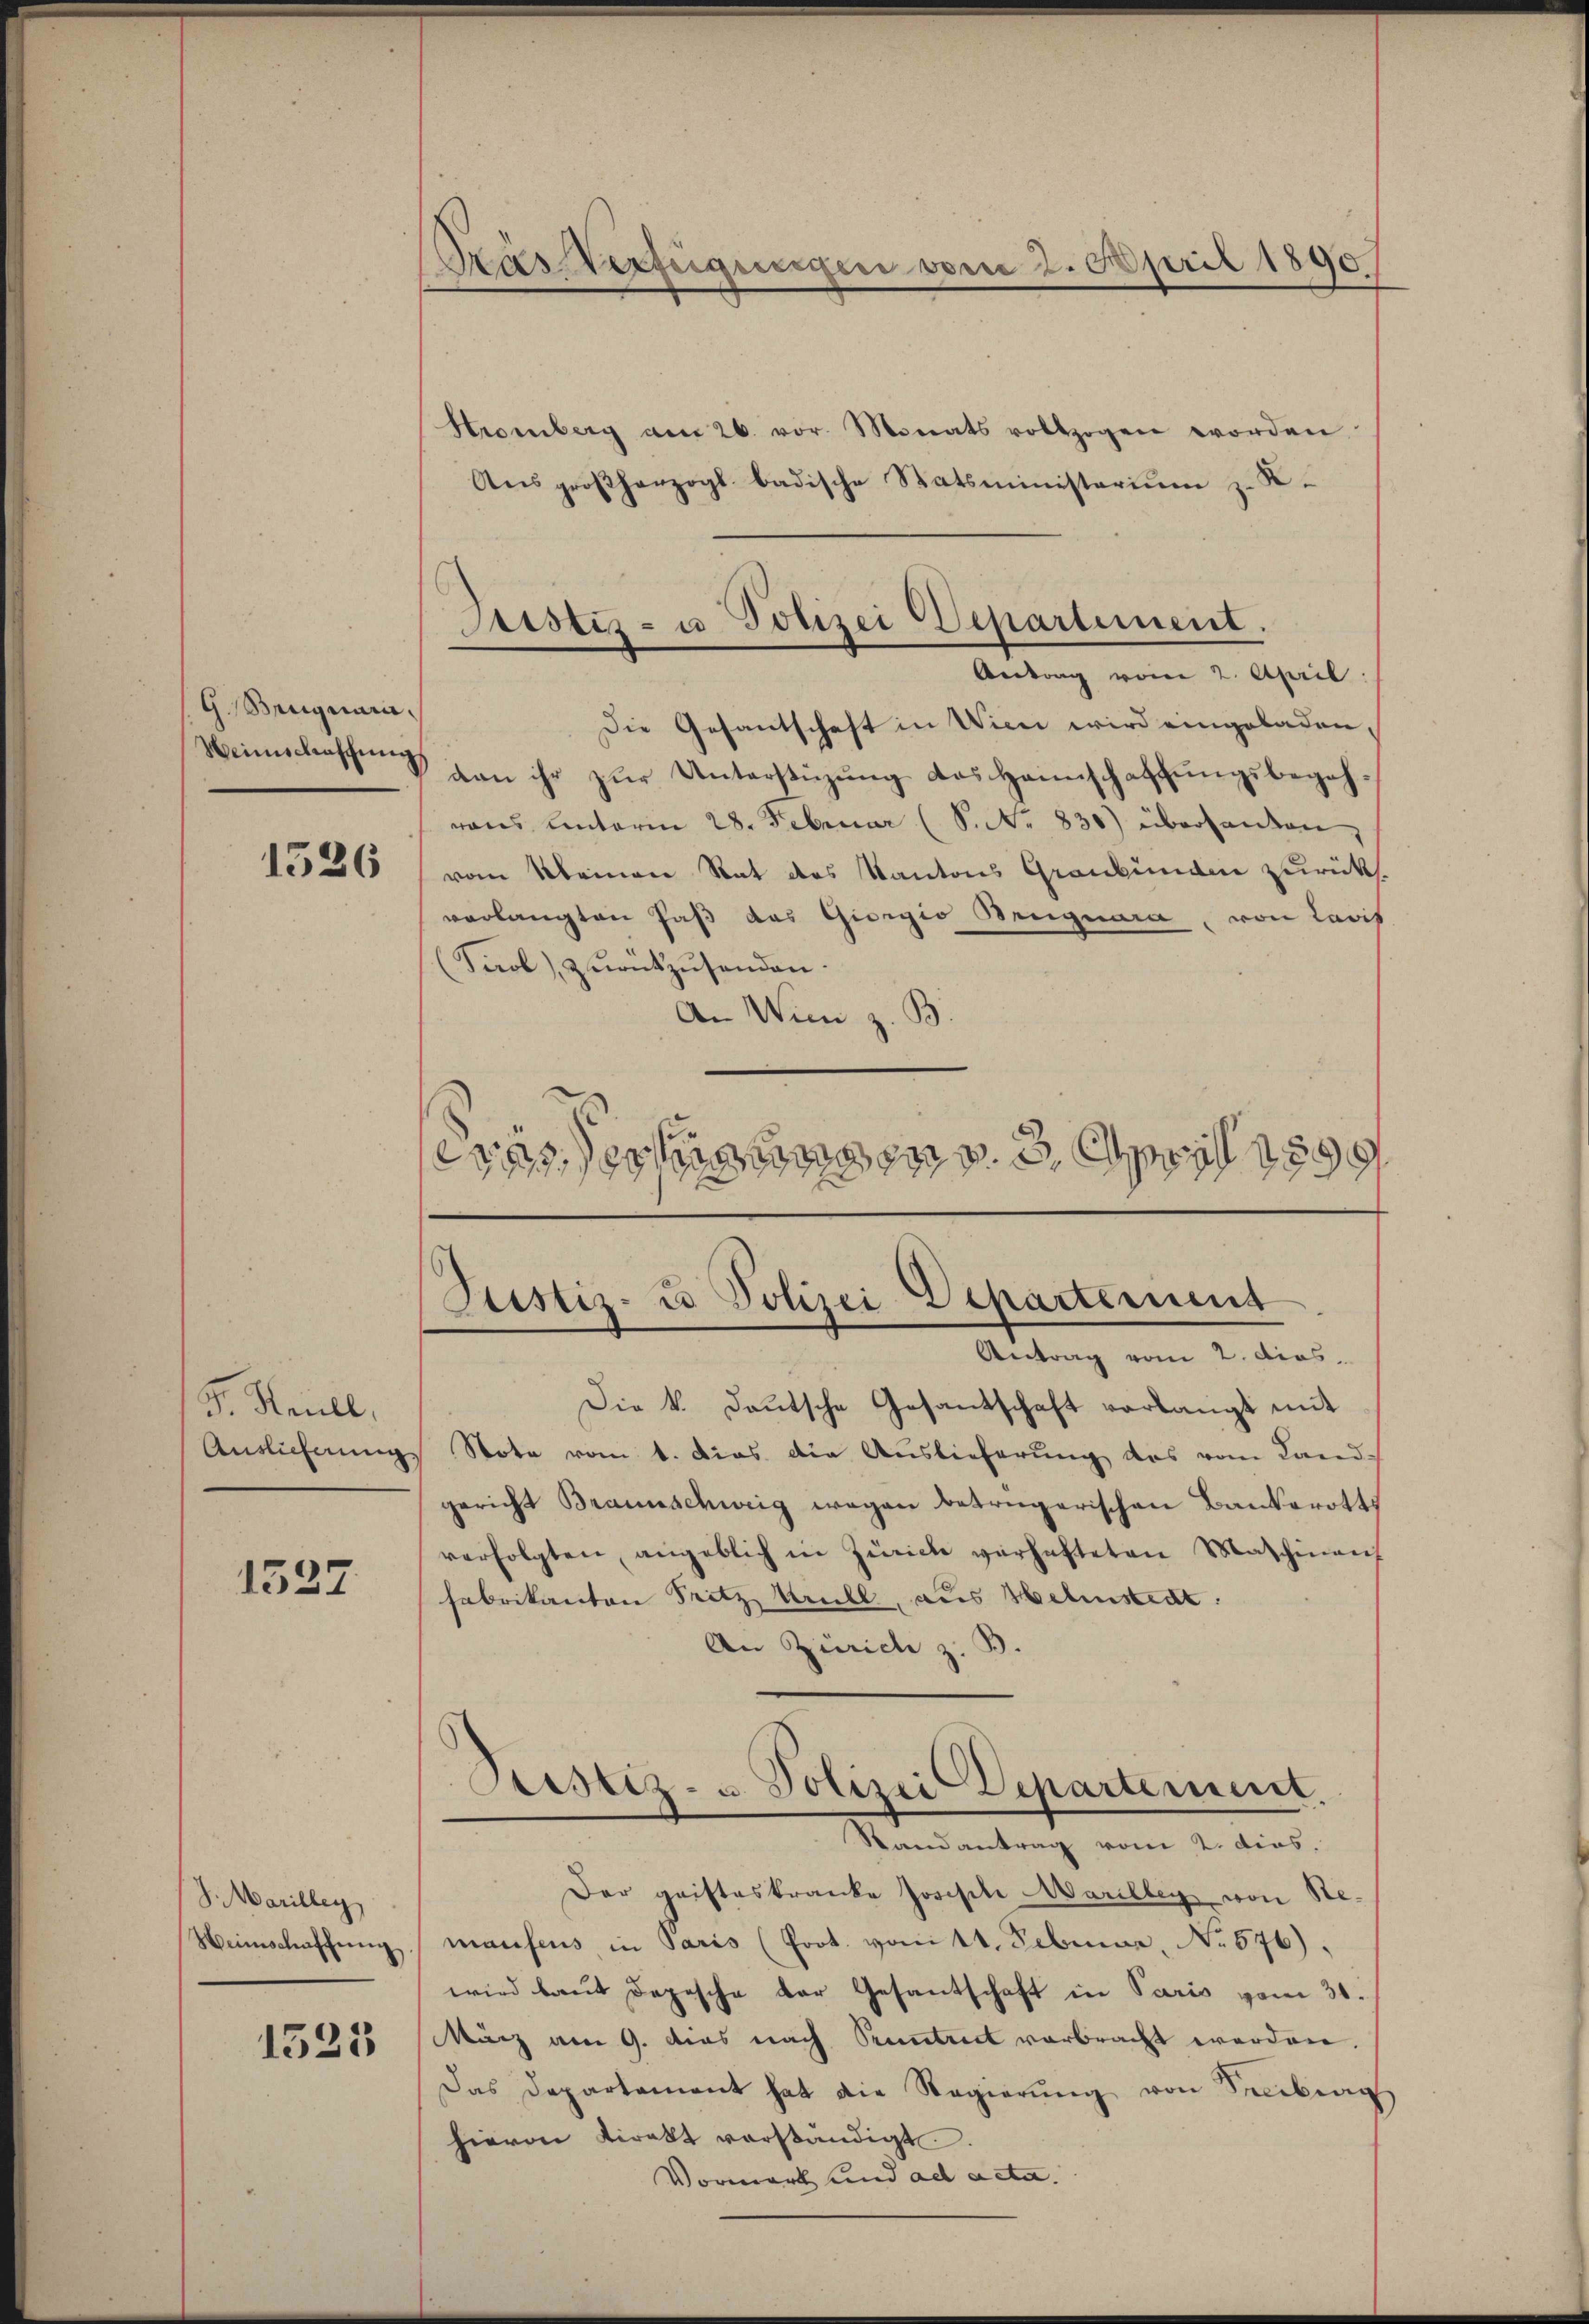
G.Benquarii.
Weinschaschung

1526

F. Heull,
Auslieferung

1527

S. Marilley
Weinschaffung

1525

Kasterfügungen vom 2. April 1890

Justiz- u Polizei Departement.
Antrag vom 2. April

Stromberg am 26. vor. Monats vollzogen worden
Aŭsgroßherzogl badische Statsministerium z. K.
Die Gesantschaft in Wien wird eingeladen,
dan ihr zŭr Unterstüzung des Heimschaffŭngsbegehrons unterm 28. Februar (S.N. 830) überhanden,
vom Kleinen Rat des Kantons Graubünden zurück.
verlangten Paß das Giorgio Briguara, von Lavis
(Tirol zurückzusenden.
An Wien z. B.
erasserung d. 3. April 1899

Sistiz- u Polizei Departement

Antrag vom 2. dies
Die k. Deutsche Gesantschaft verlangt mit
Note vom 1. Dies die Auslieferung das vom Land-
gericht Braunschweig wegen betrügerischen Bankerotts
verfolgten angeblich in Zürich verhafteten Maschinen
fabrikanton Tritz krull, aus Helenstent.
An Zürich z. B.
Justiz- u. Polizei Departement.
Randantrag vom 2. dies
Der geisteskranke Joseph Marilleg von Remanfens in Paris (Prot. vom 14. Februar, No 576),
wird laut Depesche der Gesantschaft in Paris vom 31.
März am 9. das nach Pruntreet verbracht worden.
Das Departament hat die Regierŭng von Seeba
hievon Tirakt verständigt.
Vormark und ad acta.